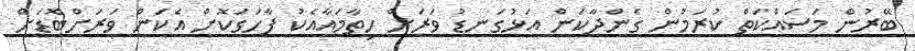
ބޭރުން މަސައްކަތް ކުރަމުން ގެންދާކަން އަޅުގަނޑު ވަރަށް ހިތާމައާއެކު ފާހަގަކޮށް އެކަން ވަރަށްބޮޑަށް